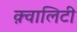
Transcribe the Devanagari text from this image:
क़्वालिटी